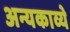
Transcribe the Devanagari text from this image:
अन्यकाव्ये